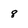
Character: 8